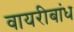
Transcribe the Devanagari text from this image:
वायरीबांध